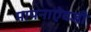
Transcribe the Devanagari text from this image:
मापनाऐवजी